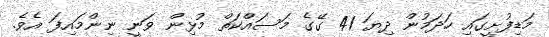
މަޑިފުށީގައި ހަދަމުން ދިޔަ 41 ގޭގެ މަސައްކަތް މުޅިން ވަނީ ނިންމައިފަ އެވެ.